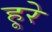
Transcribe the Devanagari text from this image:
हूरे